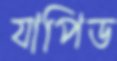
যাপিড